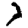
Digit: 7